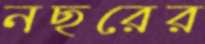
নছরের